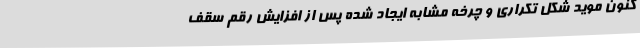
کنون موید شکل تکراری و چرخه مشابه ایجاد شده پس از افزایش رقم سقف